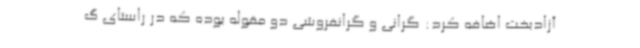
آزادبخت اضافه کرد: گرانی و گرانفروشی دو مقوله بوده که در راستای گ